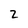
Character: 2